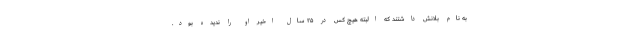
به نام بلانش داشتند که البته هیچ کس در ۲۵ سال اخیر او را ندیده بود.